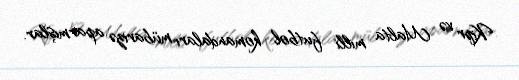
Kipr və Malta milli futbol komandaları mübarizə aparmışlar.